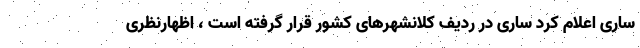
ساری اعلام کرد ساری در ردیف کلانشهرهای کشور قرار گرفته است ، اظهارنظری